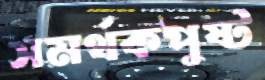
সমর্থকপুষ্ট